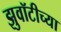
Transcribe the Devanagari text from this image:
झुवॉटीच्या